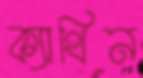
ক্যাথিন